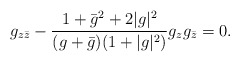
\begin{align*}g_{z\bar z}-\frac{1+\bar g^2+2|g|^2}{(g+\bar g)(1+|g|^2)}g_zg_{\bar z}=0.\end{align*}